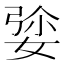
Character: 𡝡